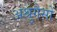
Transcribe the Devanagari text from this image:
अश्रुगैसों